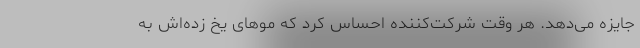
جایزه می‌دهد. هر وقت شرکت‌کننده احساس کرد که مو‌های یخ زده‌اش به